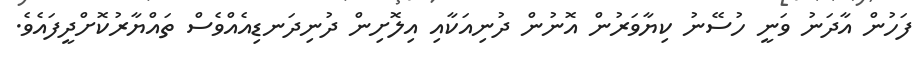
ފަހުން އާދަނު ވަނީ ހުސޭނު ކިޔާވަރުން އޮނުން ދުނިއަކާއި އިލޮށިން ދުނިދަނޑިއެއްވެސް ތައްޔާރުކޮށްދީފައެވެ.